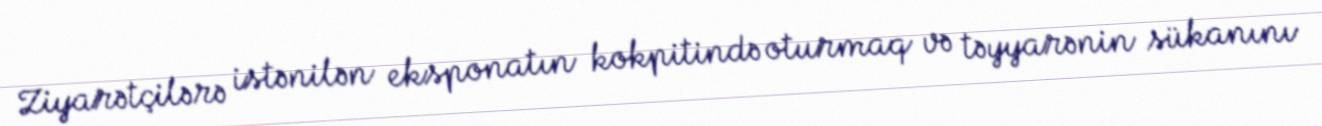
Ziyarətçilərə istənilən eksponatın kokpitində oturmaq və təyyarənin sükanını